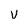
Character: v